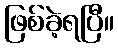
ဖြစ်ခဲ့ရပြီ။